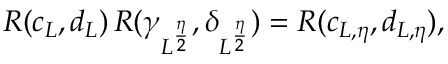
R ( c _ { L } , d _ { L } ) \, R ( \gamma _ { L ^ { \frac { \eta } { 2 } } } , \delta _ { L ^ { \frac { \eta } { 2 } } } ) = R ( c _ { L , \eta } , d _ { L , \eta } ) ,